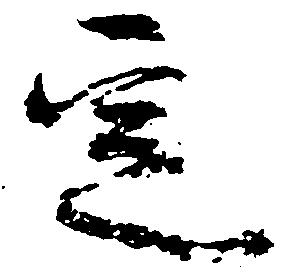
定